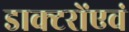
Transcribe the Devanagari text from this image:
डाक्टरोंएवं